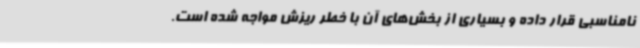
نامناسبی قرار داده و بسیاری از بخش‌های آن با خطر ریزش مواجه شده است.